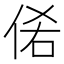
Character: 𰂊